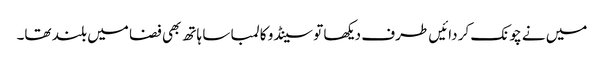
میں نے چونک کر دائیں طرف دیکھا تو سینڈو کا لمبا سا ہاتھ بھی فضا میں بلند تھا۔